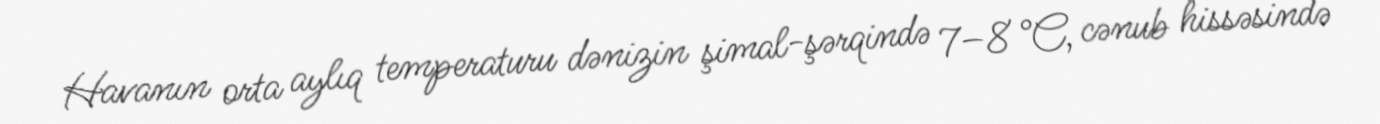
Havanın orta aylıq temperaturu dənizin şimal-şərqində 7–8 °C, cənub hissəsində